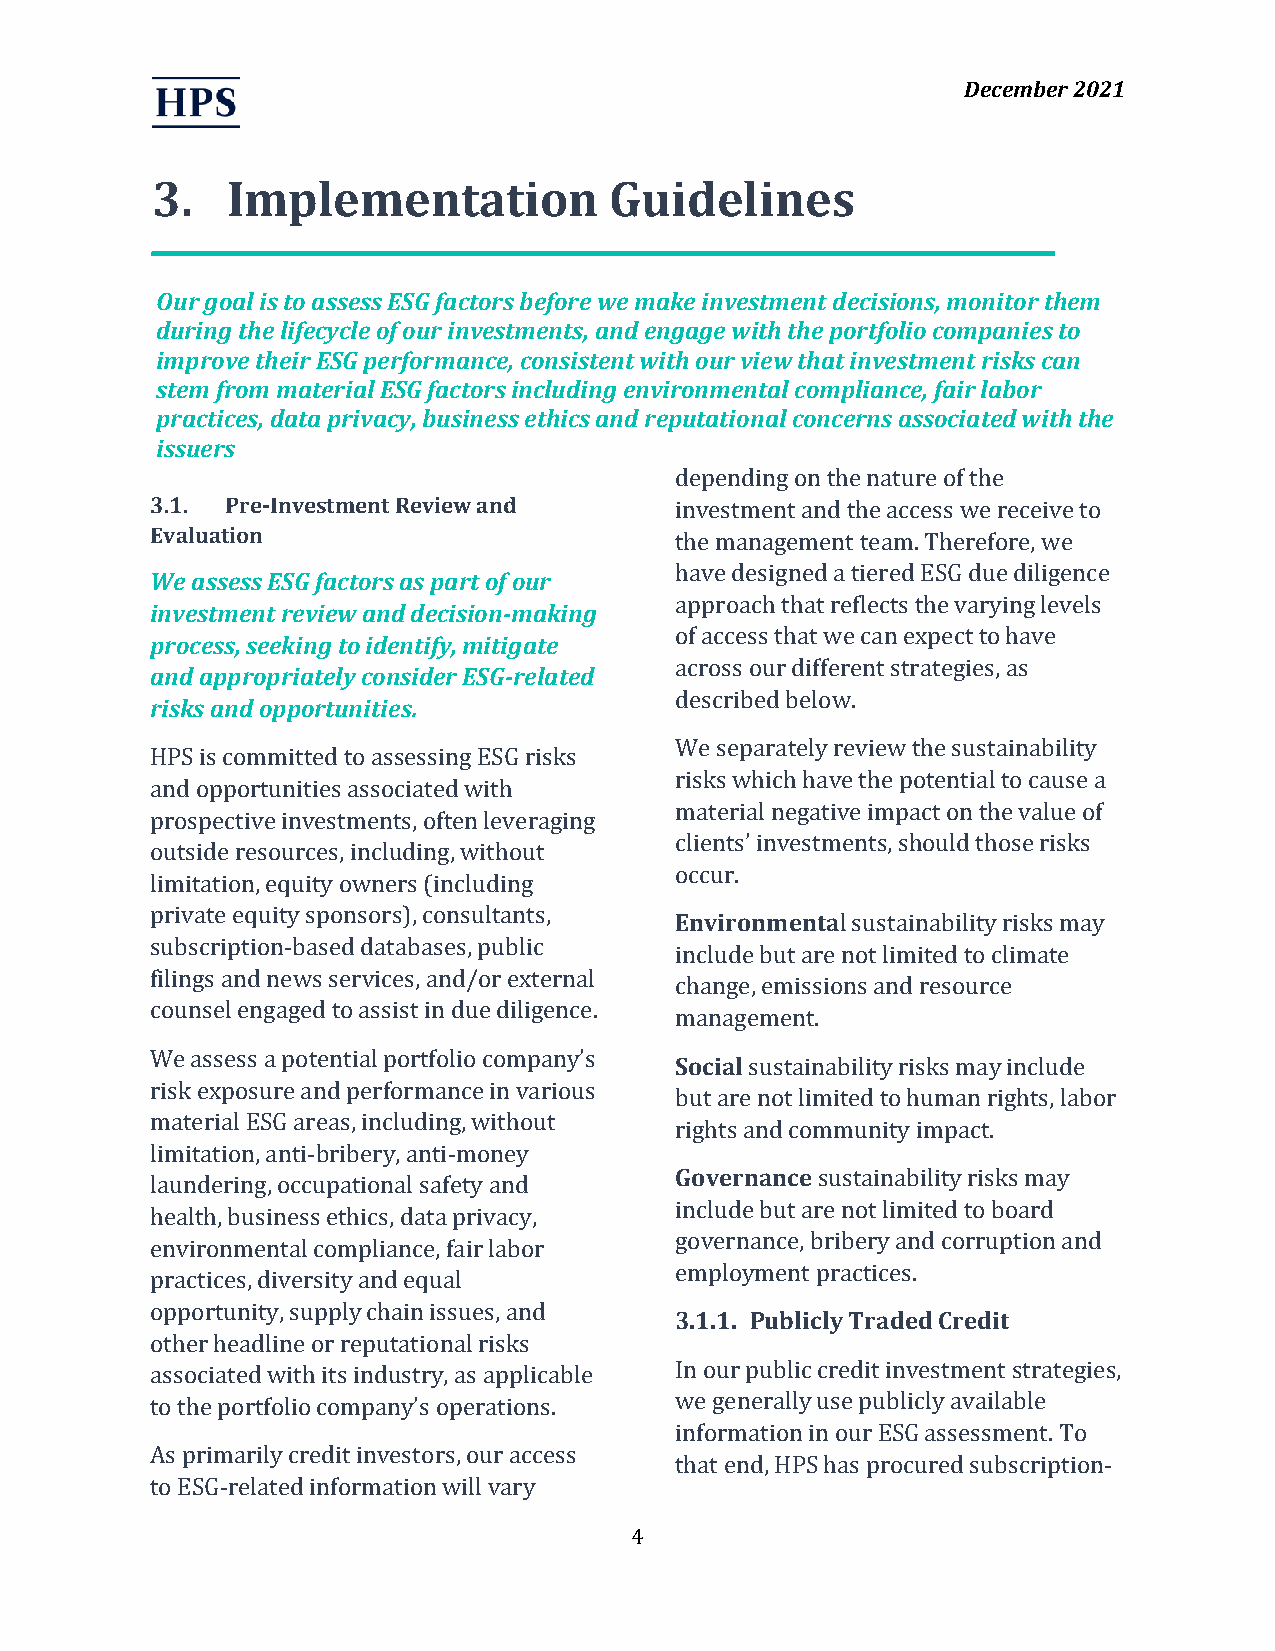
December 2021
 3.   Implementation           Guidelines
 Our goal is to assess ESG factors before we make investment decisions, monitor them
 during the lifecycle of our investments, and engage with the portfolio companies to
 improve their ESG performance, consistent with our view that investment risks can
 stem from material ESG factors including environmental compliance, fair labor
 practices, data privacy, business ethics and reputational concerns associated with the
 issuers
 depending on the nature of the
 3.1. Pre-Investment Review and     investment and the access we receive to
 Evaluation                         the management team. Therefore, we
 have designed a tiered ESG due diligence
 We assess ESG factors as part of our
 approach that reflects the varying levels
 investment review and decision-making
 of access that we can expect to have
 process, seeking to identify, mitigate
 across our different strategies, as
 and appropriately consider ESG-related
 described below.
 risks and opportunities.
 We separately review the sustainability
 HPS is committed to assessing ESG risks
 risks which have the potential to cause a
 and opportunities associated with
 material negative impact on the value of
 prospective investments, often leveraging
 clients’ investments, should those risks
 outside resources, including, without
 occur.
 limitation, equity owners (including
 private equity sponsors), consultants,
 Environmental sustainability risks may
 subscription-based databases, public
 include but are not limited to climate
 filings and news services, and/or external
 change, emissions and resource
 counsel engaged to assist in due diligence.
 management.
 We assess a potential portfolio company’s
 Social sustainability risks may include
 risk exposure and performance in various
 but are not limited to human rights, labor
 material ESG areas, including, without
 rights and community impact.
 limitation, anti-bribery, anti-money
 Governance sustainability risks may
 laundering, occupational safety and
 include but are not limited to board
 health, business ethics, data privacy,
 governance, bribery and corruption and
 environmental compliance, fair labor
 employment practices.
 practices, diversity and equal
 opportunity, supply chain issues, and
 3.1.1. Publicly Traded Credit
 other headline or reputational risks
 associated with its industry, as applicable In our public credit investment strategies,
 to the portfolio company’s operations. we generally use publicly available
 information in our ESG assessment. To
 As primarily credit investors, our access
 that end, HPS has procured subscription-
 to ESG-related information will vary
 4